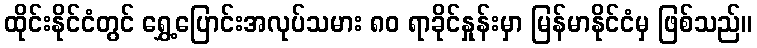
ထိုင်းနိုင်ငံတွင် ရွှေ့ပြောင်းအလုပ်သမား ၈၀ ရာခိုင်နှုန်းမှာ မြန်မာနိုင်ငံမှ ဖြစ်သည်။